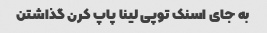
به جای اسنک توپی لینا پاپ کرن گذاشتن